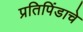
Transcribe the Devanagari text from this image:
प्रतिपिंडाचे